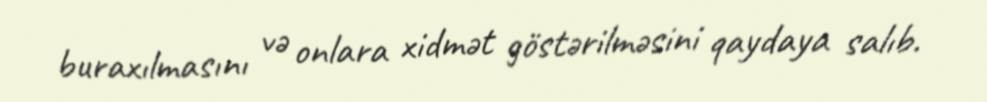
buraxılmasını və onlara xidmət göstərilməsini qaydaya salıb.